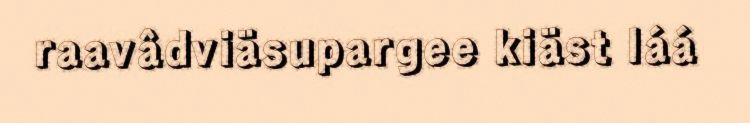
raavâdviäsupargee kiäst láá